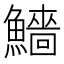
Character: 𩼒